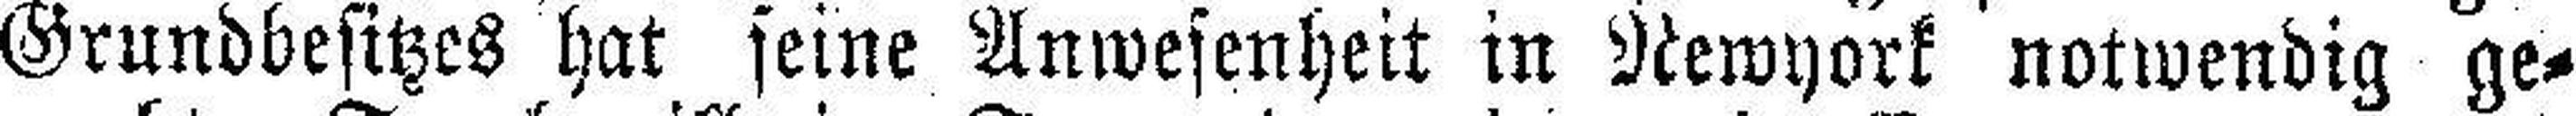
Grundbesitzes hat seine Anwesenheit in Newyork notwendig ge¬